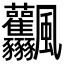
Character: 𩙤